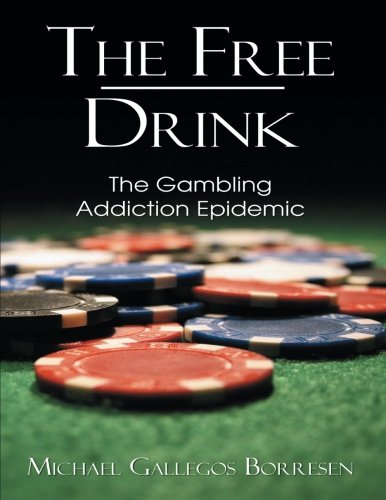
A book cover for The Free Drink: The Gambling Addiction Epidemic; Michael Gallegos Borresen; Health, Fitness & Dieting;